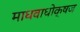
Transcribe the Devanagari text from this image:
माधवाधोक्षज